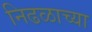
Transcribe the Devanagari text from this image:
निढळाच्या